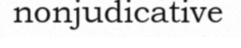
nonjudicative